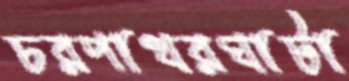
চরপাথরঘাটা